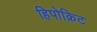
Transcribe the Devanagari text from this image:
हिपोक्रिट